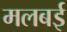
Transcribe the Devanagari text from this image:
मलबई